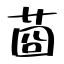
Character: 莔